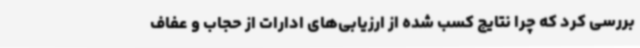
بررسی کرد که چرا نتایج کسب شده از ارزیابی‌های ادارات از حجاب و عفاف